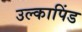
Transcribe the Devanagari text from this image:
उल्‍कापिंड